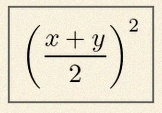
\left(\frac{x+y}{2}\right)^2